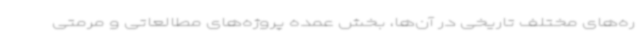
ره‌های مختلف تاریخی در آن‌ها، بخش عمده پروژه‌های مطالعاتی و مرمتی